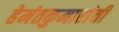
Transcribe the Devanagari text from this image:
हेमंतकुमारांची